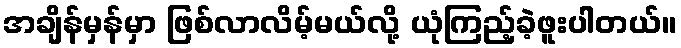
အချိန်မှန်မှာ ဖြစ်လာလိမ့်မယ်လို့ ယုံကြည့်ခဲ့ဖူးပါတယ်။